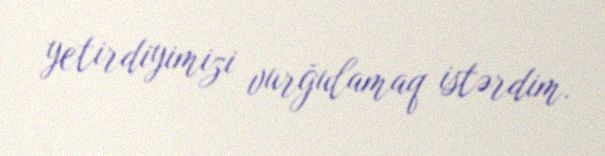
yetirdiyimizi vurğulamaq istərdim.